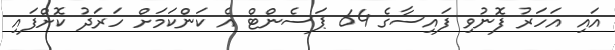
އައި އަހަރު ފޮނުވި ފައިސާގެ 64 ޕަސެންޓް އެ ކަންކަމަށް ހަރަދު ކޮށްފައި